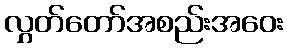
လွှတ်တော်အစည်းအဝေး